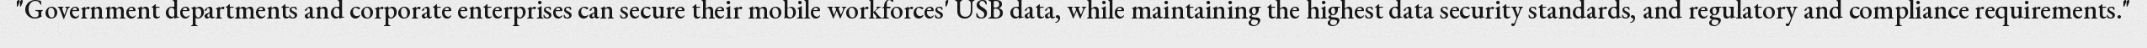
"Government departments and corporate enterprises can secure their mobile workforces' USB data, while maintaining the highest data security standards, and regulatory and compliance requirements."